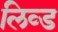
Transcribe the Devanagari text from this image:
लिव्ड